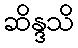
ဆိန္ဒသိ